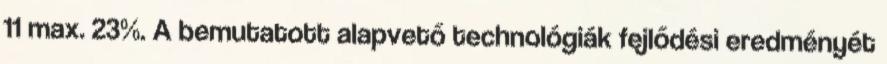
11 max. 23%. A bemutatott alapvető technológiák fejlődési eredményét